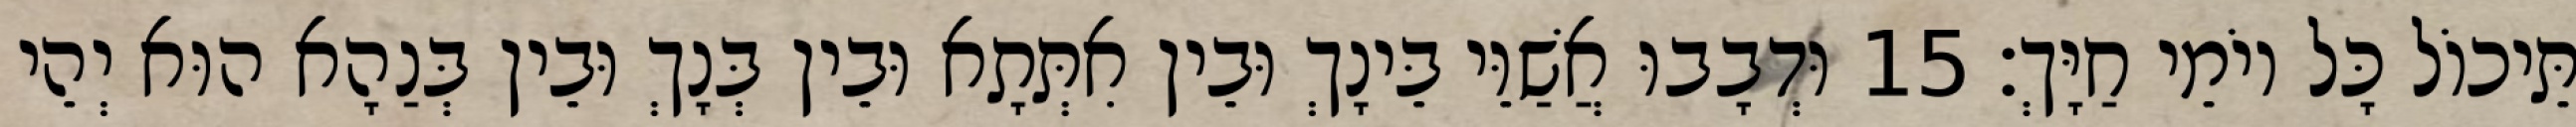
תֵּיכוֹל כָּל יוֹמֵי חַיָּךְ׃ 15 וּדְבָבוּ אֲשַׁוֵּי בֵּינָךְ וּבֵין אִתְּתָא וּבֵין בְּנָךְ וּבֵין בְּנַהָא הוּא יְהֵי